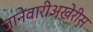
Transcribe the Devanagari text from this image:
जानेवारीअखेरीस